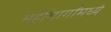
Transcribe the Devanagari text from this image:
महामार्गांमध्ये